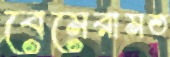
বেমেরামত